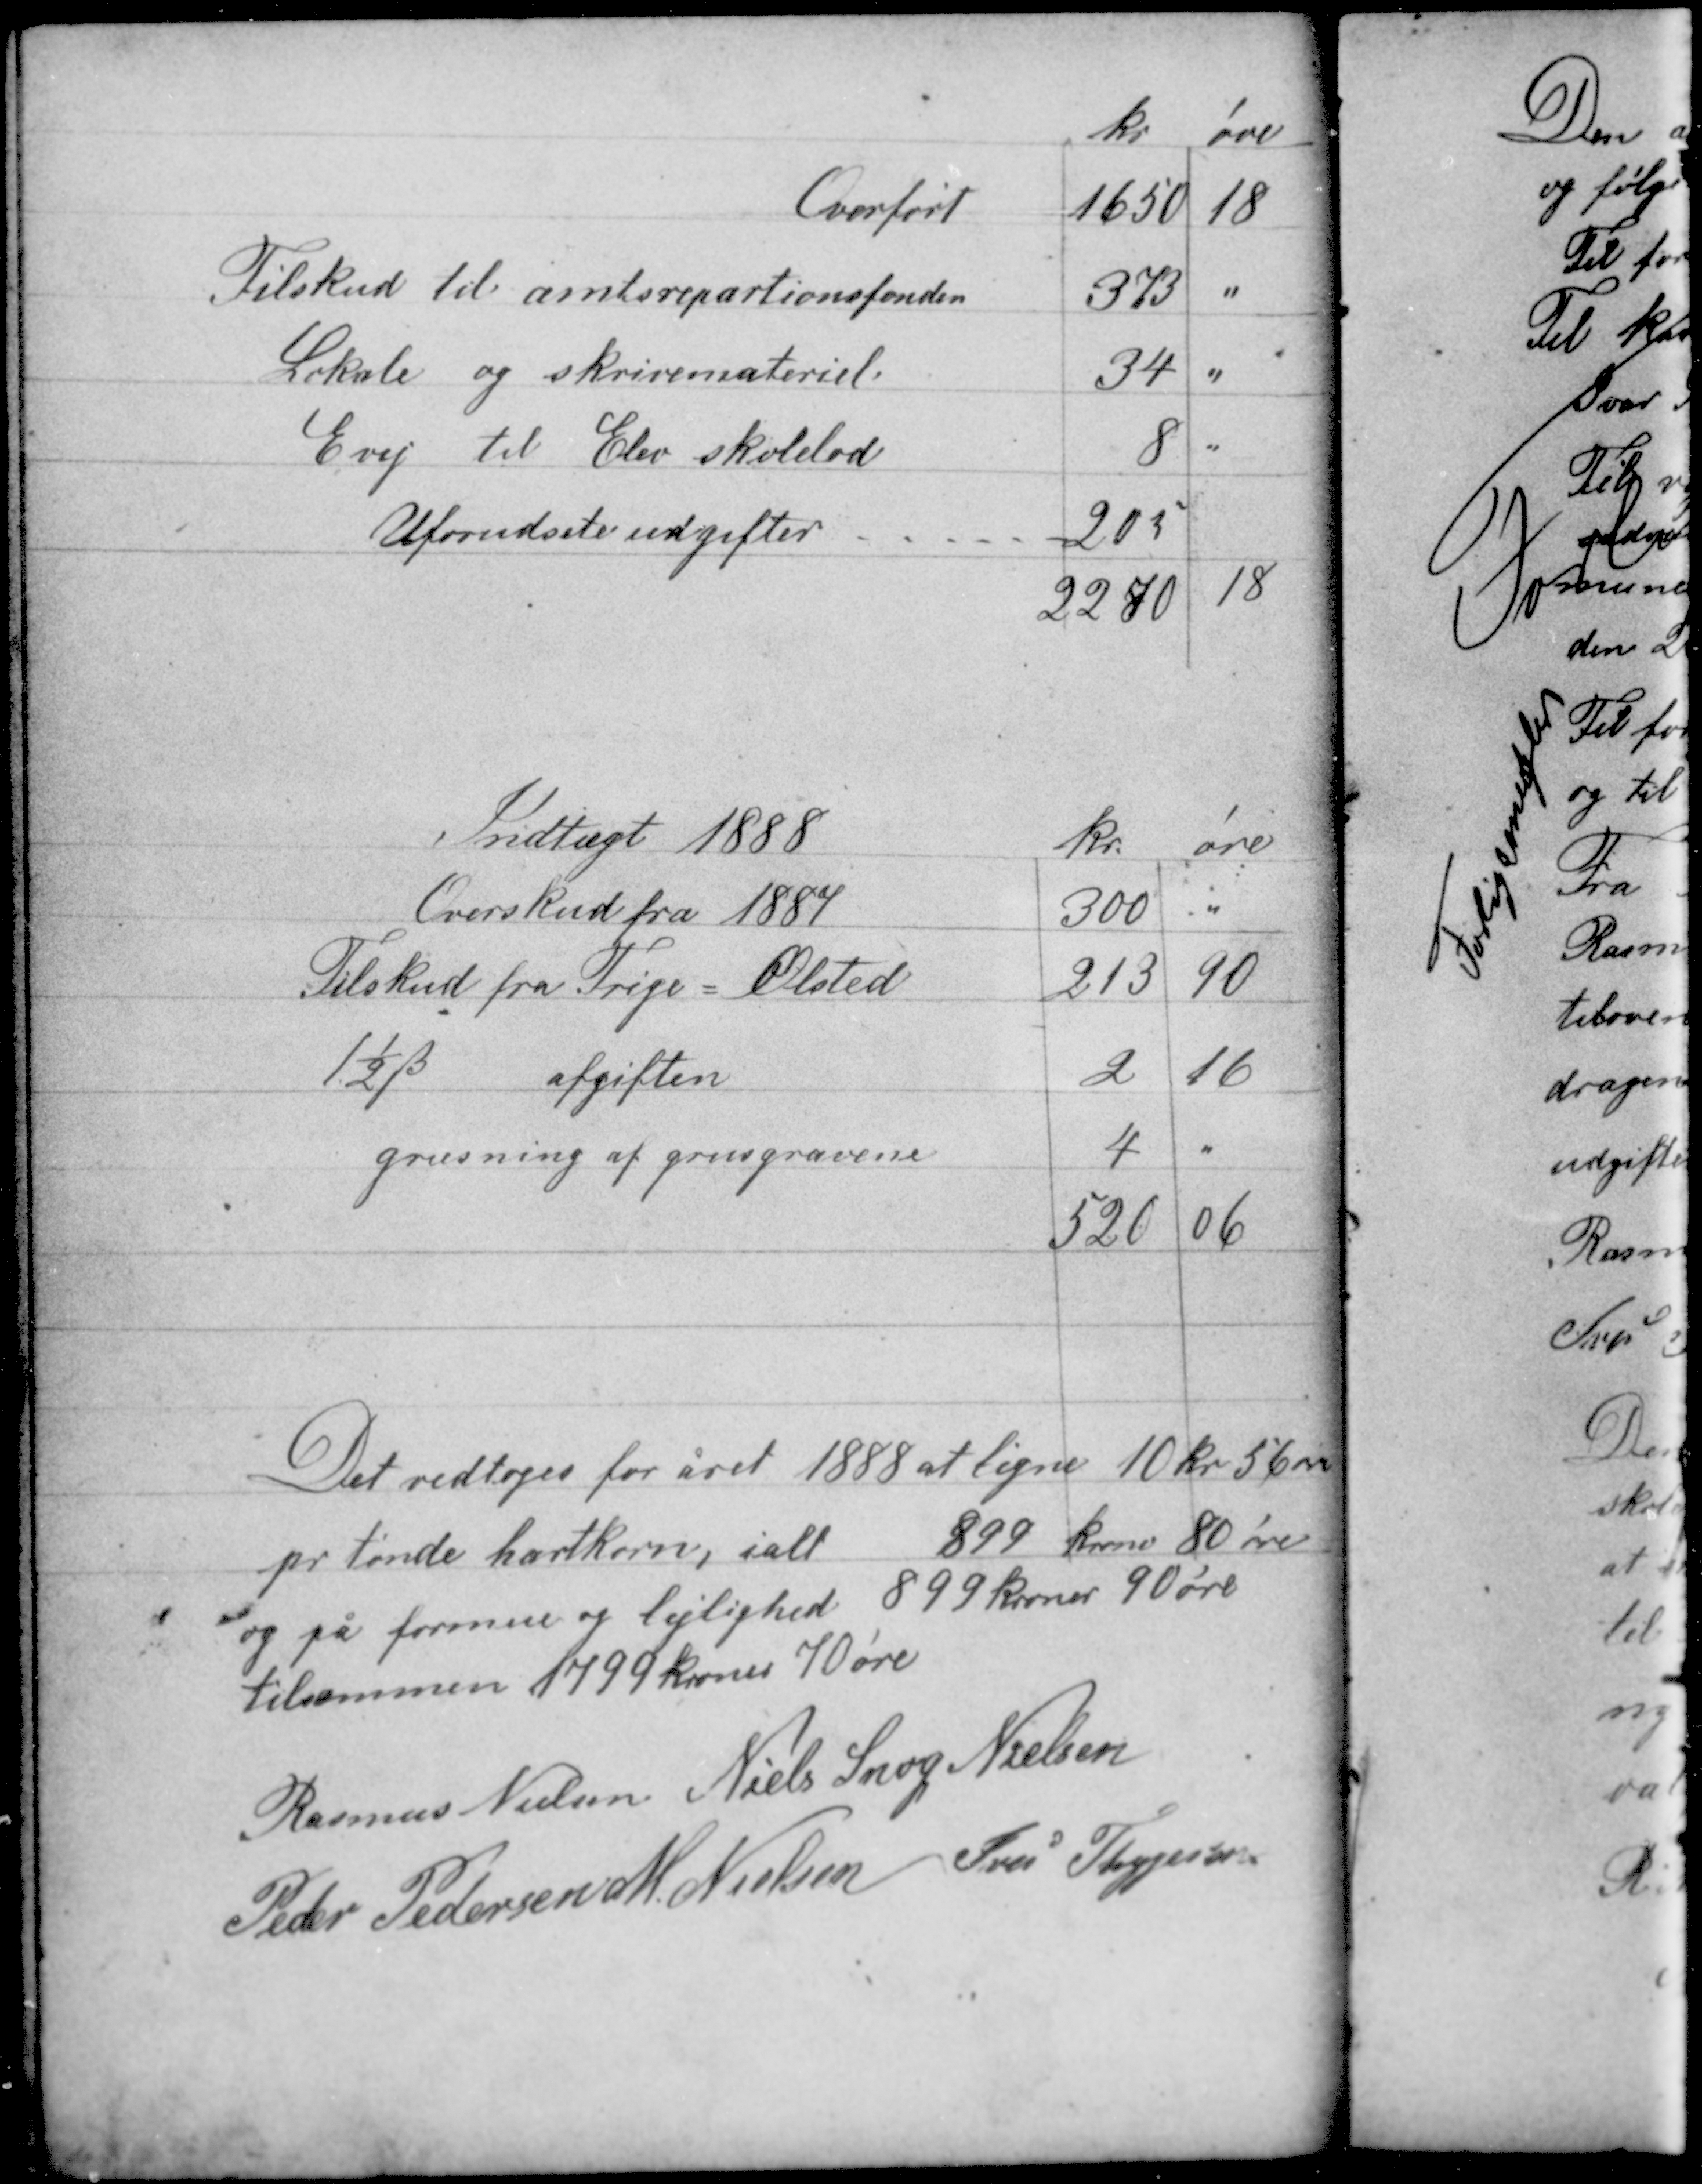
Transskription:
Det vedtoges for året 1888 at ligne 10 kr 56 øre
pr tønde hartkorn, ialt 899 kroner 80 øre
og på formue og lejlighed 899 kroner 90 øre
tilsammen 1799 kroner 70 øre.

Rasmus Nielsen Niels Snog Nielsen
Peder Pedersen M. Nielsen Iver Thygesen